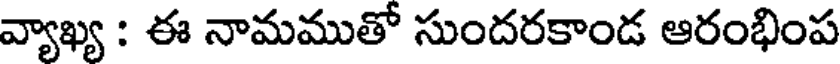
వ్యాఖ్య : ఈ నామముతో సుందరకాండ ఆరంభింప